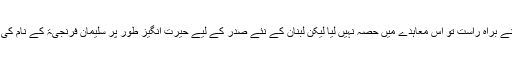
سعوی عرب نے براہ راست تو اس معاہدے میں حصہ نہیں لیا لیکن لبنان کے نئے صدر کے لیے حیرت انگیز طور پر سلیمان فرنجیۃ کے نام کی منظوری دی۔